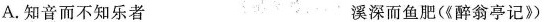
A.知音而不知乐者 溪深而鱼肥(《醉翁亭记》)